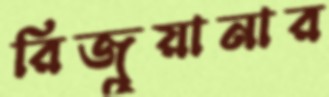
রিজুয়ানার